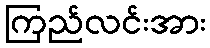
ကြည်လင်းအား